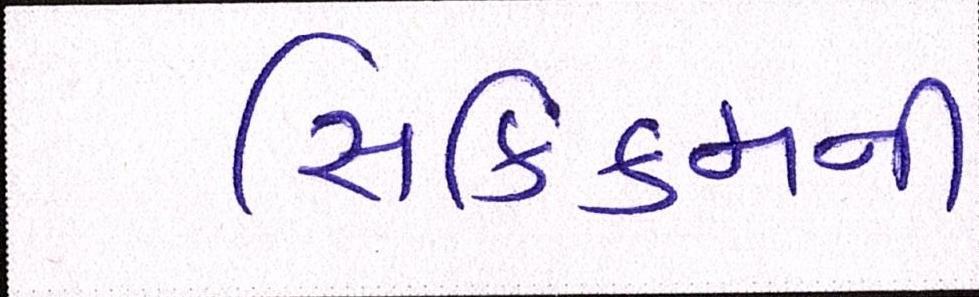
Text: સિક્કિમની